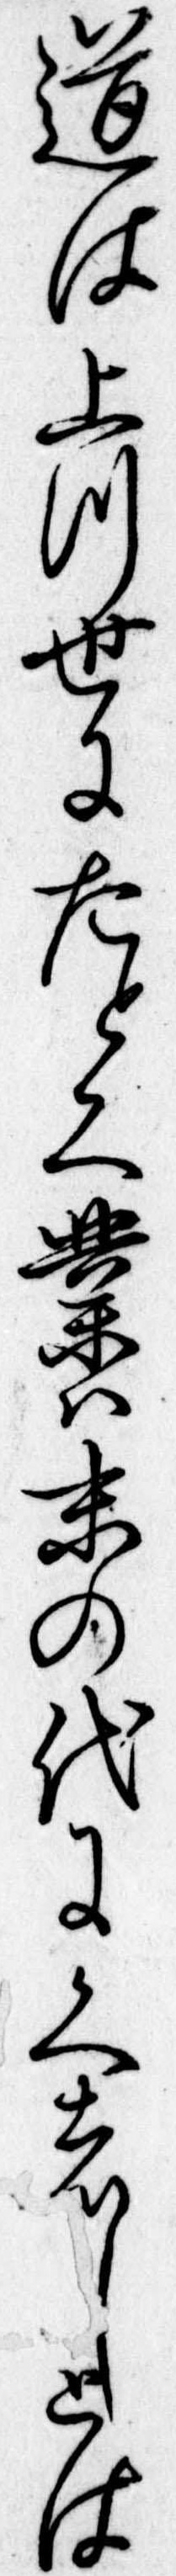
道は上つ世にたとく業は末の代にくはしとは